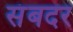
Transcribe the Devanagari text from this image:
संबदर